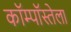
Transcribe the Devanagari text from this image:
कॉम्पॉस्तेला